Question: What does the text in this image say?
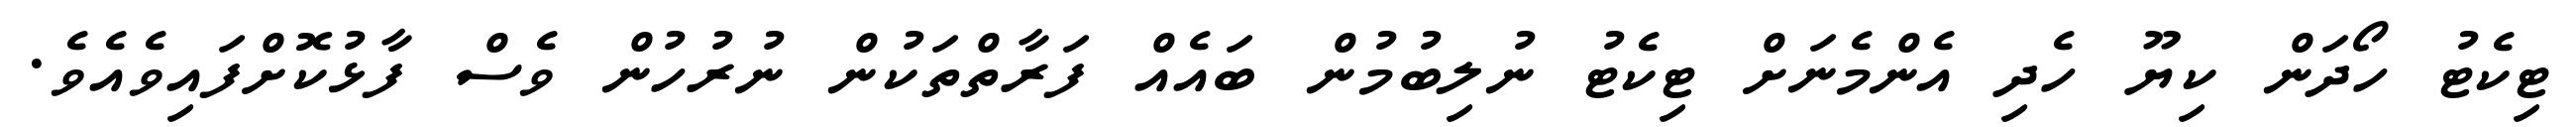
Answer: ޓިކެޓު ހޯދަން ކިޔޫ ހެދި އެންމެނަށް ޓިކެޓު ނުލިބުމުން ބައެއް ފަރާތްތަކުން ނުރުހުން ވެސް ފާޅުކޮށްފައިވެއެވެ.